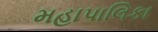
મહાપાલિકા